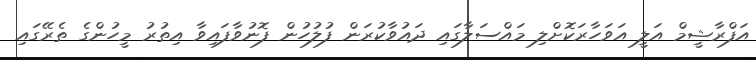
އަފްރާޝީމް އަލީ އަވަހާރަކޮށްލި މައްސަލާގައި ދައުވާކުރަން ފުލުހުން ފޮނުވާފައިވާ އިތުރު މީހުންގެ ތެރޭގައި